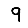
Digit: 9